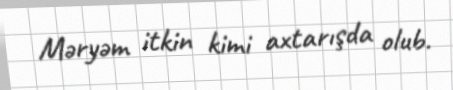
Məryəm itkin kimi axtarışda olub.